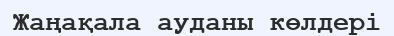
Жаңақала ауданы көлдері